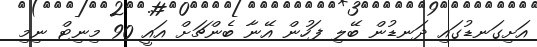
އަށިގަނޑުގައި ދަނޑުން ބޭލި ފަހުން އޭނާ ބެންޗަށް އައީ 90 މިނިޓް ނިމި